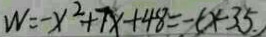
W = - x ^ { 2 } + 7 x + 4 8 = - ( x - 3 5 . )